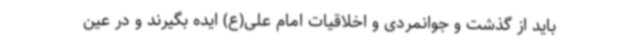
باید از گذشت و جوانمردی و اخلاقیات امام علی(ع) ایده بگیرند و در عین